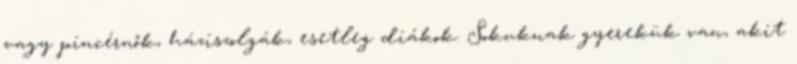
vagy pincérnők, háziszolgák, esetleg diákok. Sokuknak gyerekük van, akit